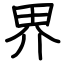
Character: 界